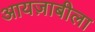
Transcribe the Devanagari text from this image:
आयज़ाबीला